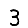
Digit: 3